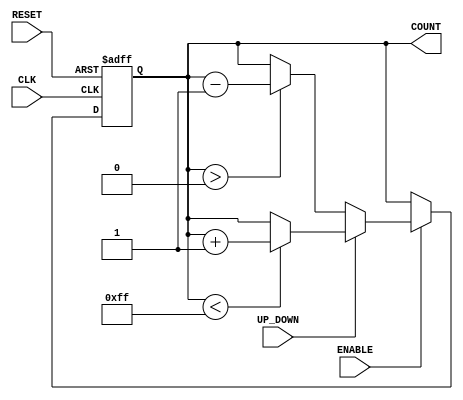
module UpDownCounter (
    input wire CLK,          // Clock input
    input wire RESET,        // Asynchronous reset
    input wire ENABLE,       // Count enable
    input wire UP_DOWN,      // Count direction control: 1 for up, 0 for down
    output reg [7:0] COUNT   // 8-bit current count output
);

// Parameter definitions for minimum and maximum counts
parameter MIN_COUNT = 8'b00000000; // Minimum count value (0)
parameter MAX_COUNT = 8'b11111111; // Maximum count value (255)

always @(posedge CLK or posedge RESET) begin
    if (RESET) begin
        // Asynchronous reset to MIN_COUNT
        COUNT <= MIN_COUNT;
    end else if (ENABLE) begin
        // Count in the specified direction if enabled
        if (UP_DOWN) begin
            // Count up
            if (COUNT < MAX_COUNT) begin
                COUNT <= COUNT + 1;
            end
        end else begin
            // Count down
            if (COUNT > MIN_COUNT) begin
                COUNT <= COUNT - 1;
            end
        end
    end
end

endmodule